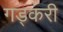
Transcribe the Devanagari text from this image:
गड्करी